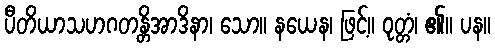
ပီတိယာသဟဂတန္တိအာဒိနာ၊ သော။ နယေန၊ ဖြင့်။ ဝုတ္တံ၊ ၏။ ပန။